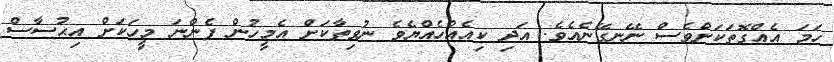
ހަމަ އެއްގޮތަކަށްވެސް ނޭނގޭނެއެވެ. އަދި ކިއެއްހެއްޔެވެ ނުވިތާކަށް އެމީހުން ފެންނަ މީހަކަށް އިޙުސާސް